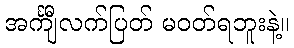
အင်္ကျီလက်ပြတ် မဝတ်ရဘူးနဲ့။